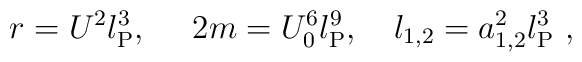
r=U^2l_{\rm P}^3,\ \ \ \ 2m=U_0^6l_{\rm P}^9, \ \ \ \l_{1,2}=a_{1,2}^2l_{\rm P}^3 \ ,